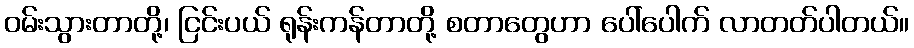
ဝမ်းသွားတာတို့၊ ငြင်းပယ် ရုန်းကန်တာတို့ စတာတွေဟာ ပေါ်ပေါက် လာတတ်ပါတယ်။